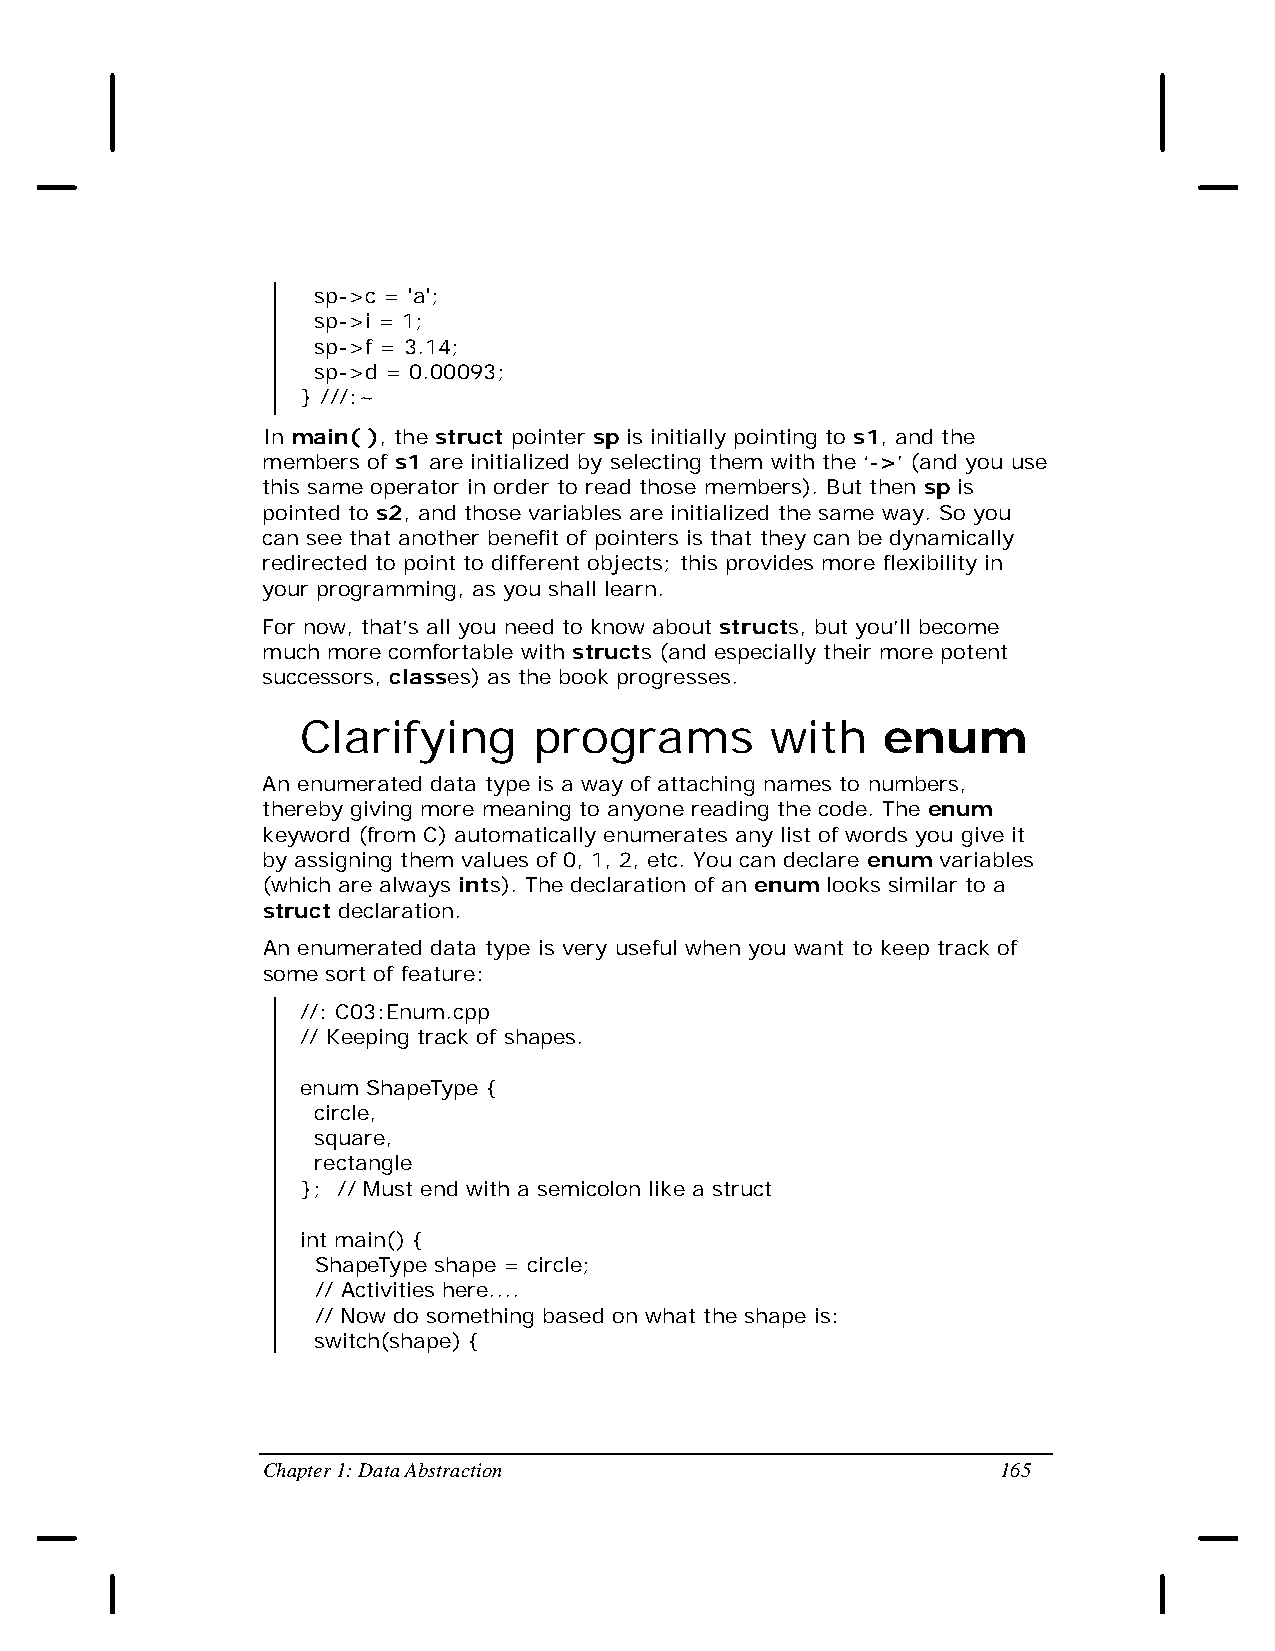
sp->c = 'a';
 sp->i = 1;
 sp->f = 3.14;
 sp->d = 0.00093;
 } ///:~
 In main( ), the struct pointer sp is initially pointing to s1, and the
 members of s1 are initialized by selecting them with the ‘->’ (and you use
 this same operator in order to read those members). But then sp is
 pointed to s2, and those variables are initialized the same way. So you
 can see that another benefit of pointers is that they can be dynamically
 redirected to point to different objects; this provides more flexibility in
 your programming, as you shall learn.
 For now, that’s all you need to know about structs, but you’ll become
 much more comfortable with structs (and especially their more potent
 successors, classes) as the book progresses.
 Clarifying     programs        with   enum
 An enumerated data type is a way of attaching names to numbers,
 thereby giving more meaning to anyone reading the code. The enum
 keyword (from C) automatically enumerates any list of words you give it
 by assigning them values of 0, 1, 2, etc. You can declare enum variables
 (which are always ints). The declaration of an enum looks similar to a
 struct declaration.
 An enumerated data type is very useful when you want to keep track of
 some sort of feature:
 //: C03:Enum.cpp
 // Keeping track of shapes.
 enum ShapeType {
 circle,
 square,
 rectangle
 }; // Must end with a semicolon like a struct
 int main() {
 ShapeType shape = circle;
 // Activities here....
 // Now do something based on what the shape is:
 switch(shape) {
 Chapter 1: Data Abstraction                      165